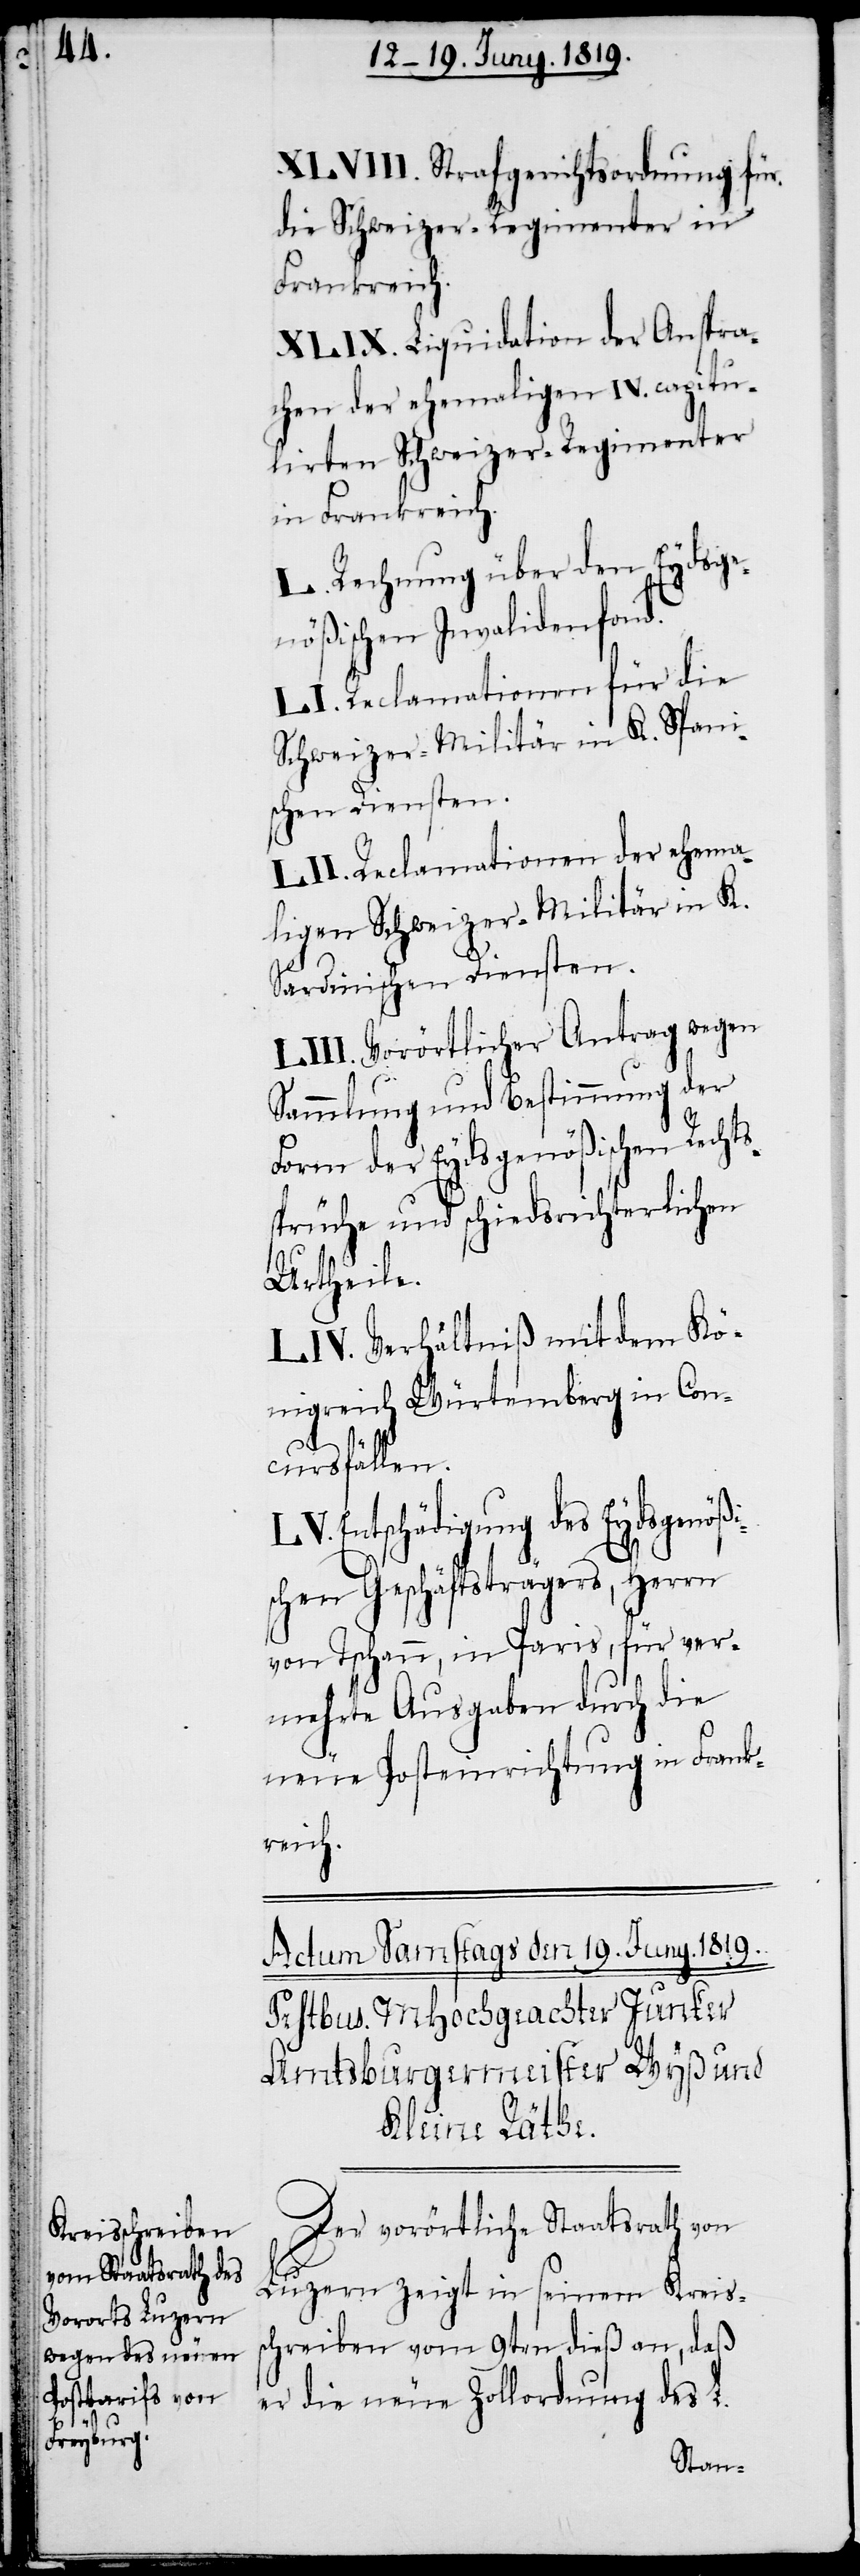
XLVIII. Strafgerichtsordnung für
die Schweizer-Regimenter in
Frankreich.
XLIX. Liquidation der Anspra¬
chen der ehemaligen IV. capitu¬
lirten Schweizer-Regimenter
in Frankreich.
L. Rechnung über den Eydsge¬
nößischen Invalidenfond.
LI. Reclamationen für die
Schweizer-Militär in K. Spani¬
schen Diensten.
LII: Reclamationen der ehema¬
ligen Schweizer-Militär in K.
Sardinischen Diensten.
LIII. Vorörtlicher Antrag wegen
Sammlung und Bestimmung der
Form der Eydsgenößischen Rechts¬
sprüche und schiedsrichterlichen
Urtheile.
LIV. Verhältniß mit dem Kö¬
nigreich Würtemberg in Con¬
cursfällen.
Entschädigung des Eydsgenö¬
schen Geschäftsträgers, Herrn
von Tschann, in Paris, für ver¬
mehrte Ausgaben durch die
neue Posteinrichtung in Frank¬
reich.
Der vorörtliche Staatsrath von
Luzern zeigt in seinem Kreis¬
schreiben vom 9ten dieß an, daß
er die neue Zollordnung des L.
ßi¬